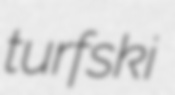
turfski